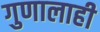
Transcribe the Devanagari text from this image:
गुणालाही